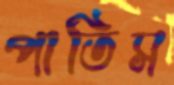
পাতিস